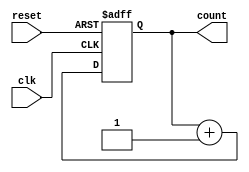
`timescale 1ns / 1ps
//////////////////////////////////////////////////////////////////////////////////
//generates a 4-bit counter input to be used as simulated input image data
//////////////////////////////////////////////////////////////////////////////////


module counter_4_bit(
    input clk, reset,
    output reg [3:0] count
    );
    
    always @ (posedge clk or negedge reset)
    begin
        if (!reset)
            count <= 0;
        else 
            count <= count + 1;
    end
endmodule